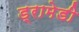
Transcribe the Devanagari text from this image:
ड्रामेडी